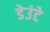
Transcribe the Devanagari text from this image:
डेउंटे